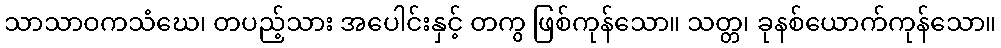
သာသာဝကသံဃေ၊ တပည့်သား အပေါင်းနှင့် တကွ ဖြစ်ကုန်သော။ သတ္တ၊ ခုနစ်ယောက်ကုန်သော။